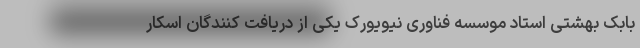
بابک بهشتی استاد موسسه فناوری نیویورک یکی از دریافت کنندگان اسکار